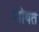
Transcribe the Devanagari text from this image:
शोषत